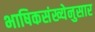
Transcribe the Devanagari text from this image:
भाषिकसंख्येनुसार